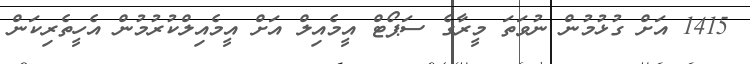
1415 އަށް ގުޅުމުން ނުވަތަ މީރާގެ ސަޕޯޓް އީމެއިލް އަށް އީމެއިލްކުރުމުން އެހީތެރިކަން